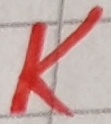
Text: K